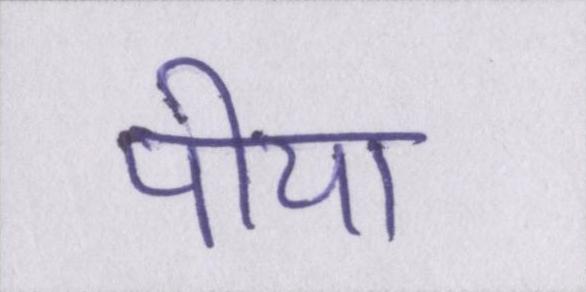
पीया